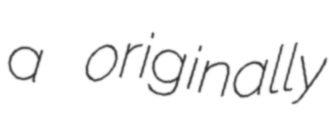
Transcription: a originally